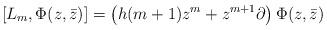
LaTeX: \begin{align*}[L_m,\Phi(z,\bar{z})] = \left( h(m+1)z^m +z^{m+1} \partial \right) \Phi(z,\bar{z})\end{align*}